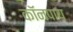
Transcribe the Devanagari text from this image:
कॉनपाय